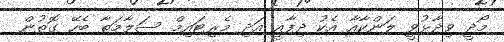
މޯދީ ވިދާޅުވީ ލަންކާއާ އެކު ދިފާއީ އަދި މެރިޓައިމް ސަލާމަތާ ބެހޭ ގޮތުން